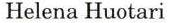
Helena Huotari